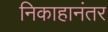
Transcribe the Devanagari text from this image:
निकाहानंतर